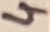
Text: 4